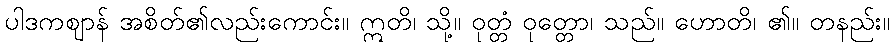
ပါဒကဈာန် အစိတ်၏လည်းကောင်း။ ဣတိ၊ သို့။ ဝုတ္တံ ဝုတ္တော၊ သည်။ ဟောတိ၊ ၏။ တနည်း။